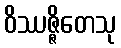
ဝိဿဇ္ဇိတေသု